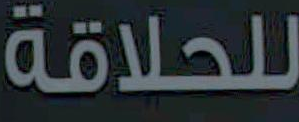
للحلاقة